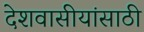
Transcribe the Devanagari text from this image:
देशवासीयांसाठी